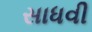
સાધવી